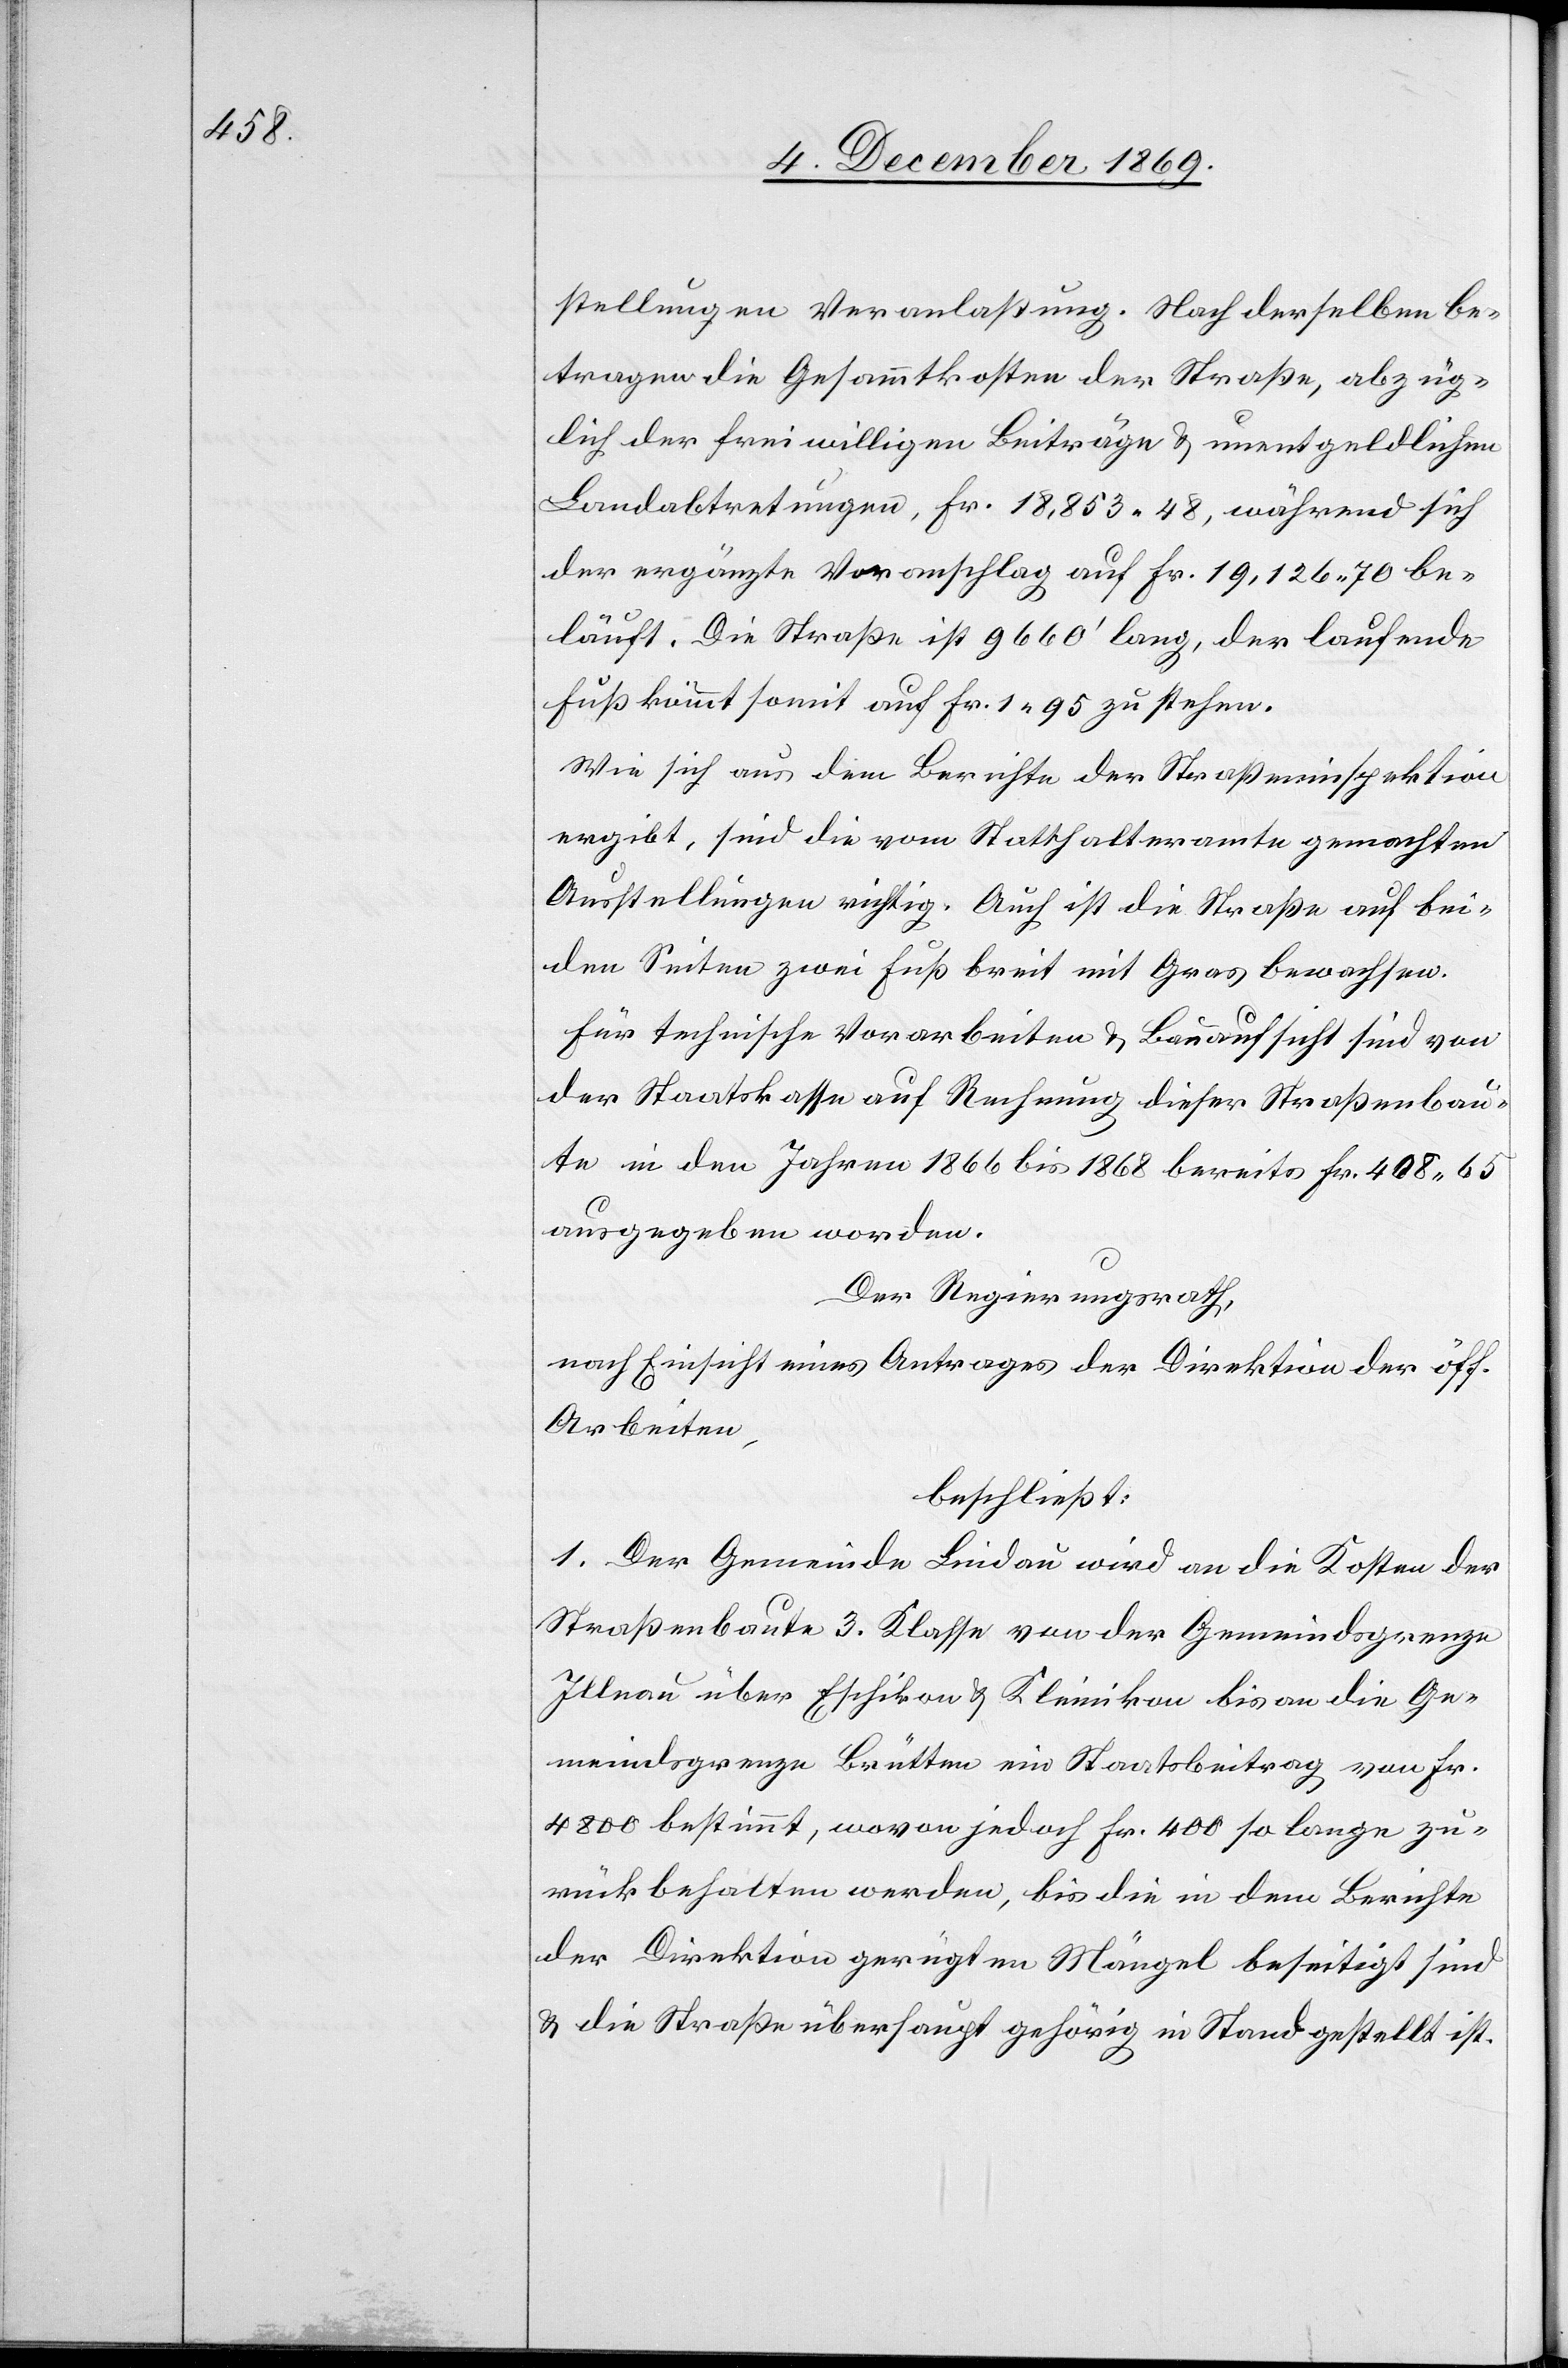
stellungen Veranlaßung. Nach derselben be¬
tragen die Gesammtkosten der Straße, abzüg¬
lich der freiwilligen Beiträge & unentgeldlichen
Landabtretungen, Fr. 18,853.48, während sich
der ergänzte Voranschlag auf Fr. 19,126.70 be¬
läuft. Die Straße ist 9660‘ lang, der laufende
Fuß kömmt somit auf Fr. 1.95 zu stehen.
Wie sich aus dem Berichte der Straßeninspektion
ergibt, sind die vom Statthalteramte gemachten
Ausstellungen richtig. Auch ist die Straße auf bei¬
den Seiten zwei Fuß breit mit Gras bewachsen.
Für technische Vorarbeiten & Bauaufsicht sind von
der Staatskasse auf Rechnung dieser Straßenbau¬
te in den Jahren 1866 bis 1868 bereits Fr. 408.65
ausgegeben worden.
Der Regierungsrath,
nach Einsicht eines Antrages der Direktion der öff.
Arbeiten,
beschließt:
1. Der Gemeinde Lindau wird an die Kosten der
Straßenbaute 3. Klasse von der Gemeindsgrenze
Illnau über Eschikon & Kleinikon bis an die Ge¬
meindsgrenze Brütten ein Staatsbeitrag von Fr.
4800 bestimmt, wovon jedoch Fr. 400 so lange zu¬
rückbehalten werden, bis die in dem Berichte
der Direktion gerügten Mängel beseitigt sind
& die Straße überhaupt gehörig in Stand gestellt ist.